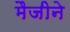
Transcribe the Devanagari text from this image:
मैजीने